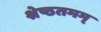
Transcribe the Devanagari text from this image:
श्रेष्ठतमम्